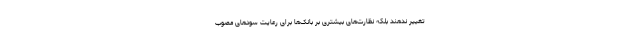
تغییر ندهند بلکه نظارت‌های بیشتری بر بانک‌ها برای رعایت سودهای مصوب